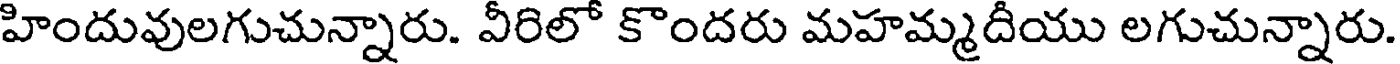
హిందువులగుచున్నారు. వీరిలో కొందరు మహమ్మదీయు లగుచున్నారు.